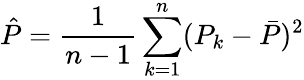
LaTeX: \hat{P}=\frac{1}{n-1}\sum_{k=1}^{n}(P_{k}-\bar{P})^{2}